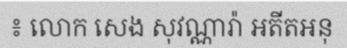
៖ លោក សេង សុវណ្ណារ៉ា អតីតអនុ